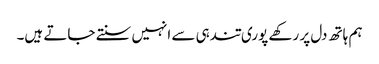
ہم ہاتھ دل پر رکھے پوری تندہی سے انہیں سنتے جاتے ہیں۔